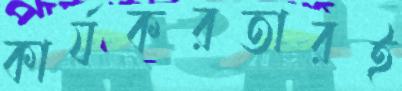
কার্যকরতারই